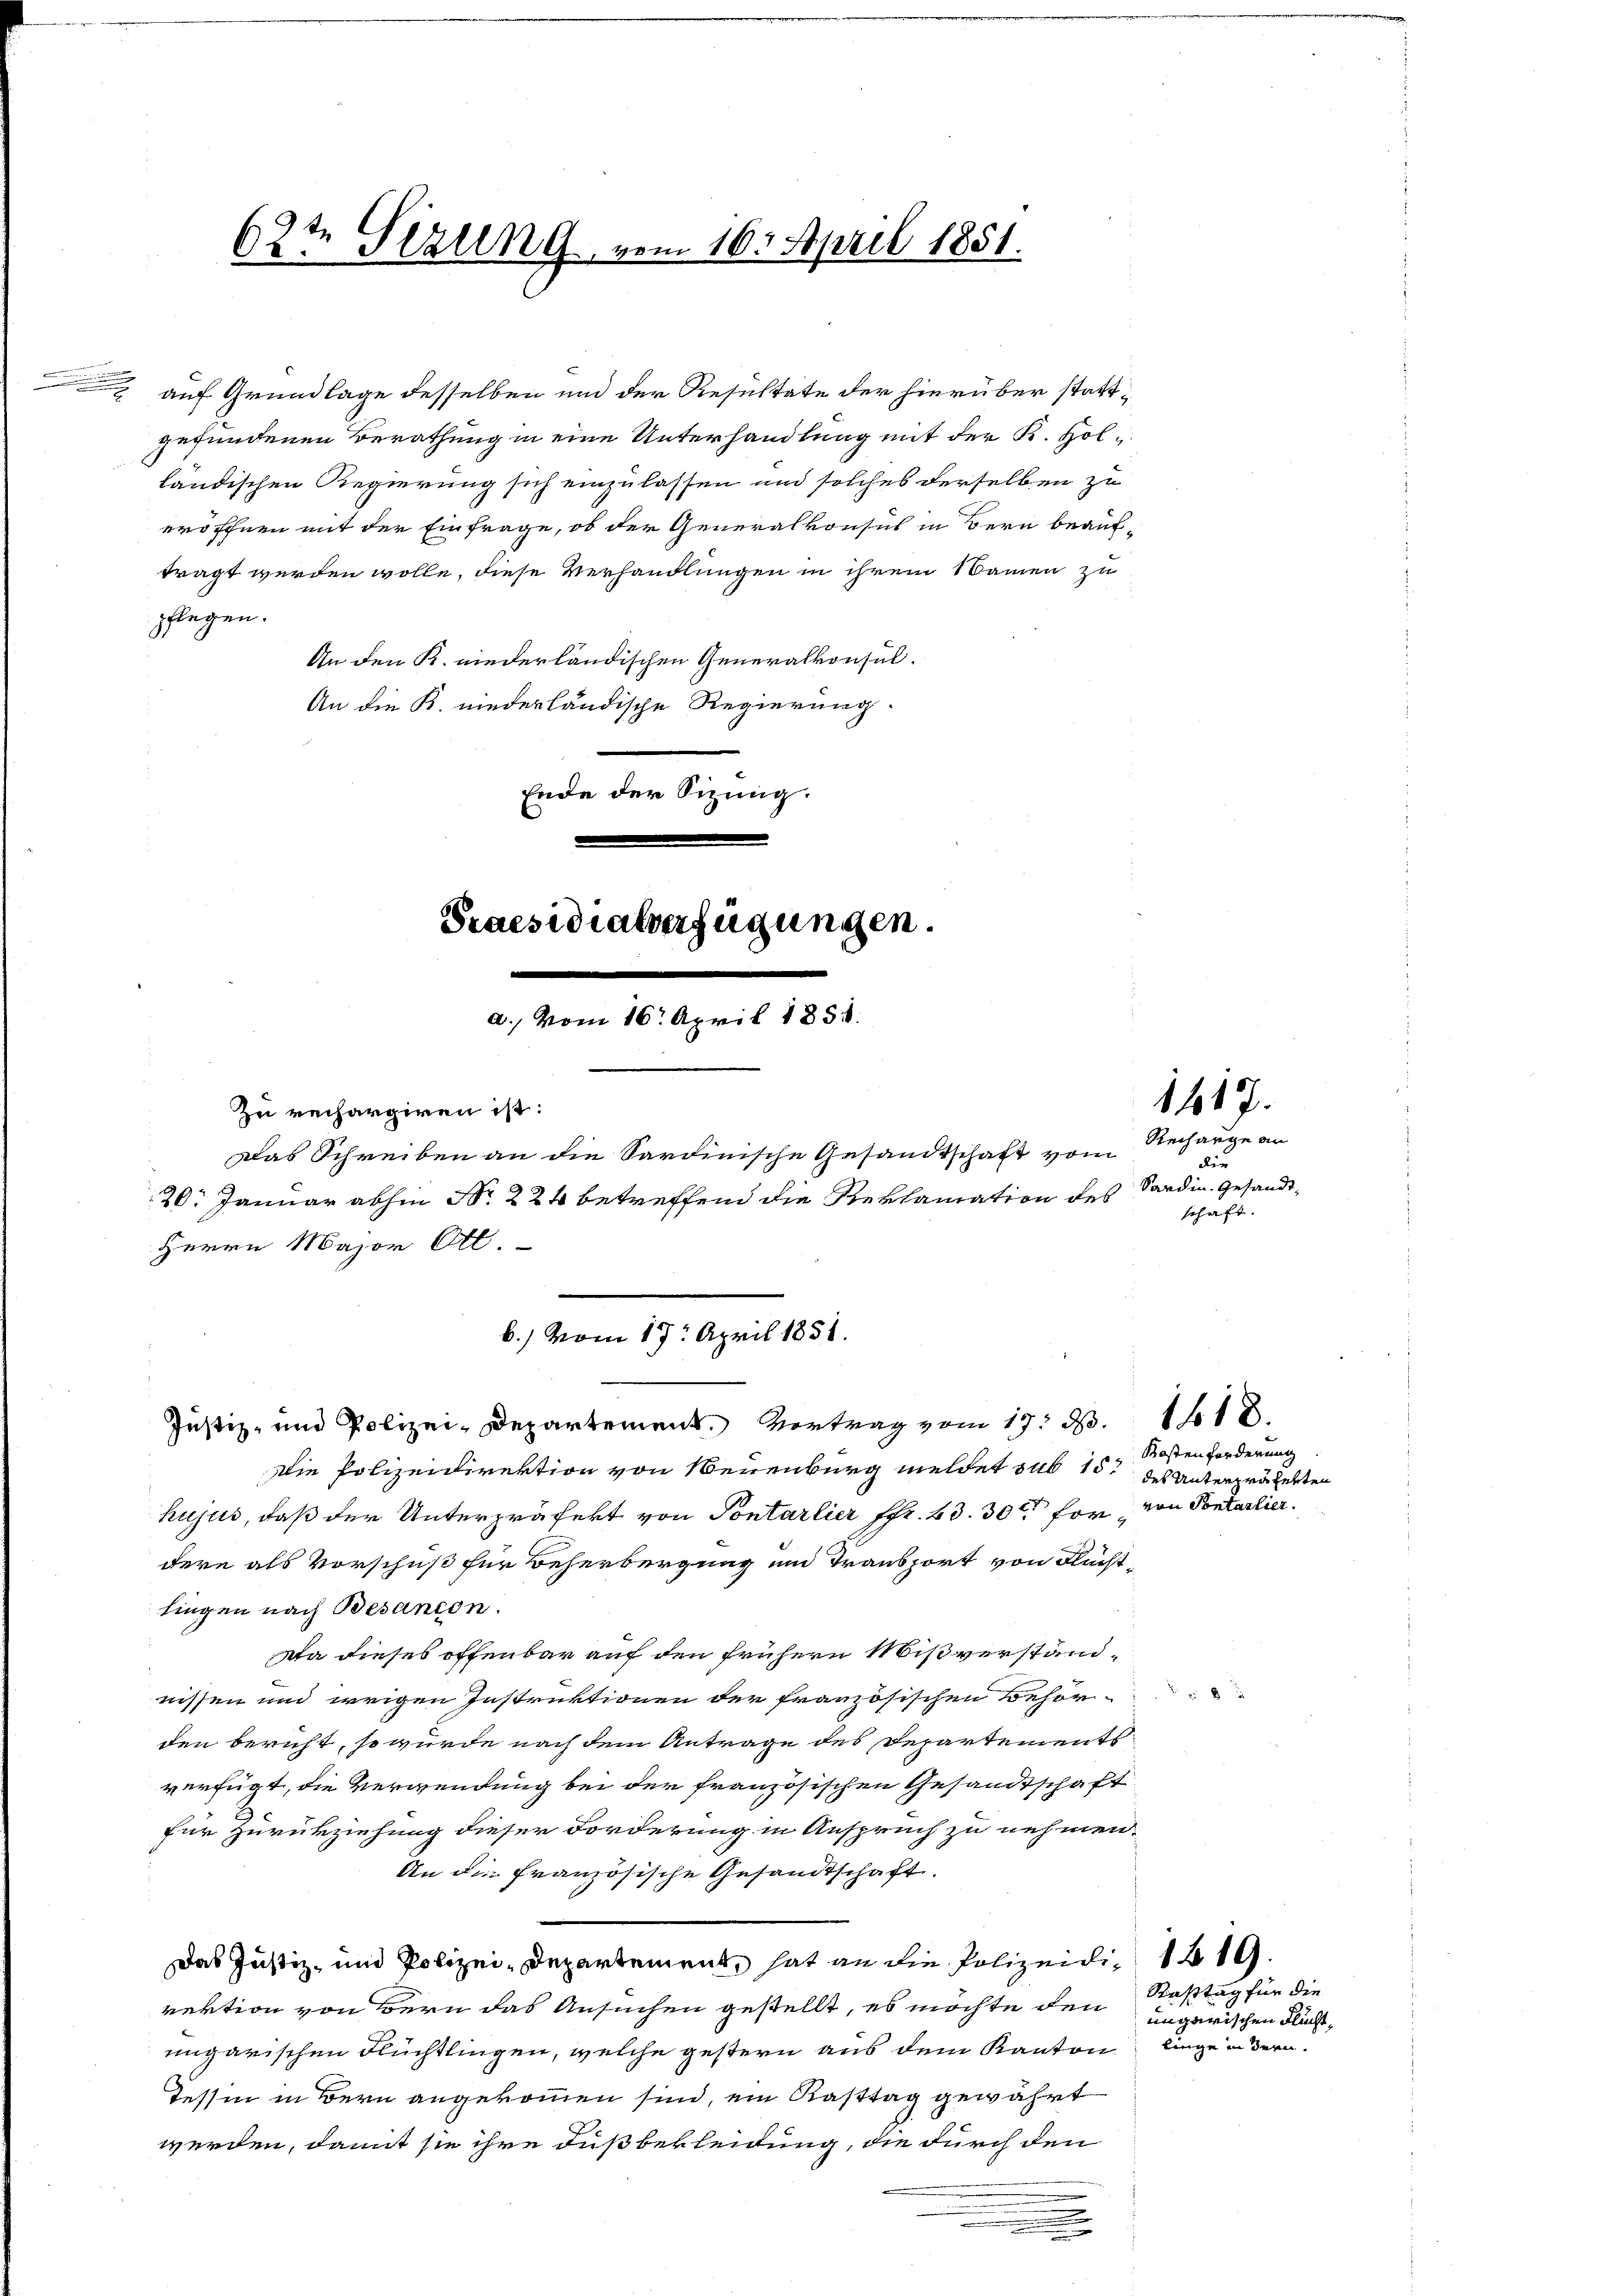
63t Sezung vom 16. April 1851.

i
pflegen.
An den K. niederländischen Generalkonsul-
An die K. niederländische Regierung.
Ende der Sizung.

Praesidialverfügungen.
a., vom 16. April 1858.
Zu rechargiren ist:
Das Schreiben an die Sardinische Gesandtschaft vom
20. Januar abhin Nr. 224 betreffend die Reklamation des Sardin. Gesandt¬
Herrn Major Ott.

auf Grundlage desselben und der Resultate der hierüber stattgefundenen Berathung in eine Unterhandlung mit der K. Holländischen Regierung sich einzulassen und solches derselben zu
eröffnen mit der Einfrage, ob der Generalkonsul in Bern beauftragt werden wolle, diese Verhandlungen in ihrem Namen zu

b.) vom 17. April 1851.
Justiz- und Polizei-Departement. Vertrag vom 17. d. 118.
Die Polizeidirektion von Neuenburg meldet sub 15 des Unterprügelten

hujus, daß der Unterpräfekt von Pontarlier ffr. 43. 30t for von Pontarlier.
dere als Vorschuß für Beherbergung und Transport von Flächtlingen nach Besançon.
Da dieses offenbar auf den frühern Mißverständnissen und irrigen Instruktionen der französischen Behörden bericht, so würde nach dem Antrage des Departements
verfügt, die Verwendung bei der französischen Gesandtschaft
für Zurückziehung dieser Forderung in Anspruch zu nehmen,
An die französische Gesandtschaft.
Das Justiz- und Polizei-Departement, hat an die Polizeidie 1819.
rektion von Bern das Ansuchen gestellt, es möchte den zugerischen Fluchtungarischen Flüchtlingen, welche gestern aus dem Kanton liege in dern
Tessin in Bern angekommen sind, ein Kasttag gewährt
werden, damit sie ihre Fuß bekleidung, die durch den
.

1617.

Recharge an
dir
schaft.

Kostenforderung

x

Rasttag für die